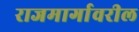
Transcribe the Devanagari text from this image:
राजमार्गावरील